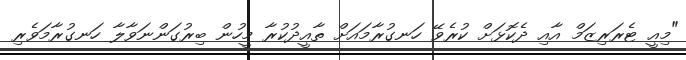
"މިއީ ޓެރަރިޒަމް އާއި ދެކޮޅަށް ކުރެވޭ ހަނގުރާމައަށް ތާއީދުކުރާ މީހުން ބިރުގަންނަވާލާ ހަނގުރާމަވެރި